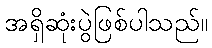
အရှိဆုံးပွဲဖြစ်ပါသည်။